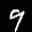
Label: 9